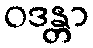
ဝဒန္တာ